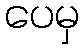
ပေမှ